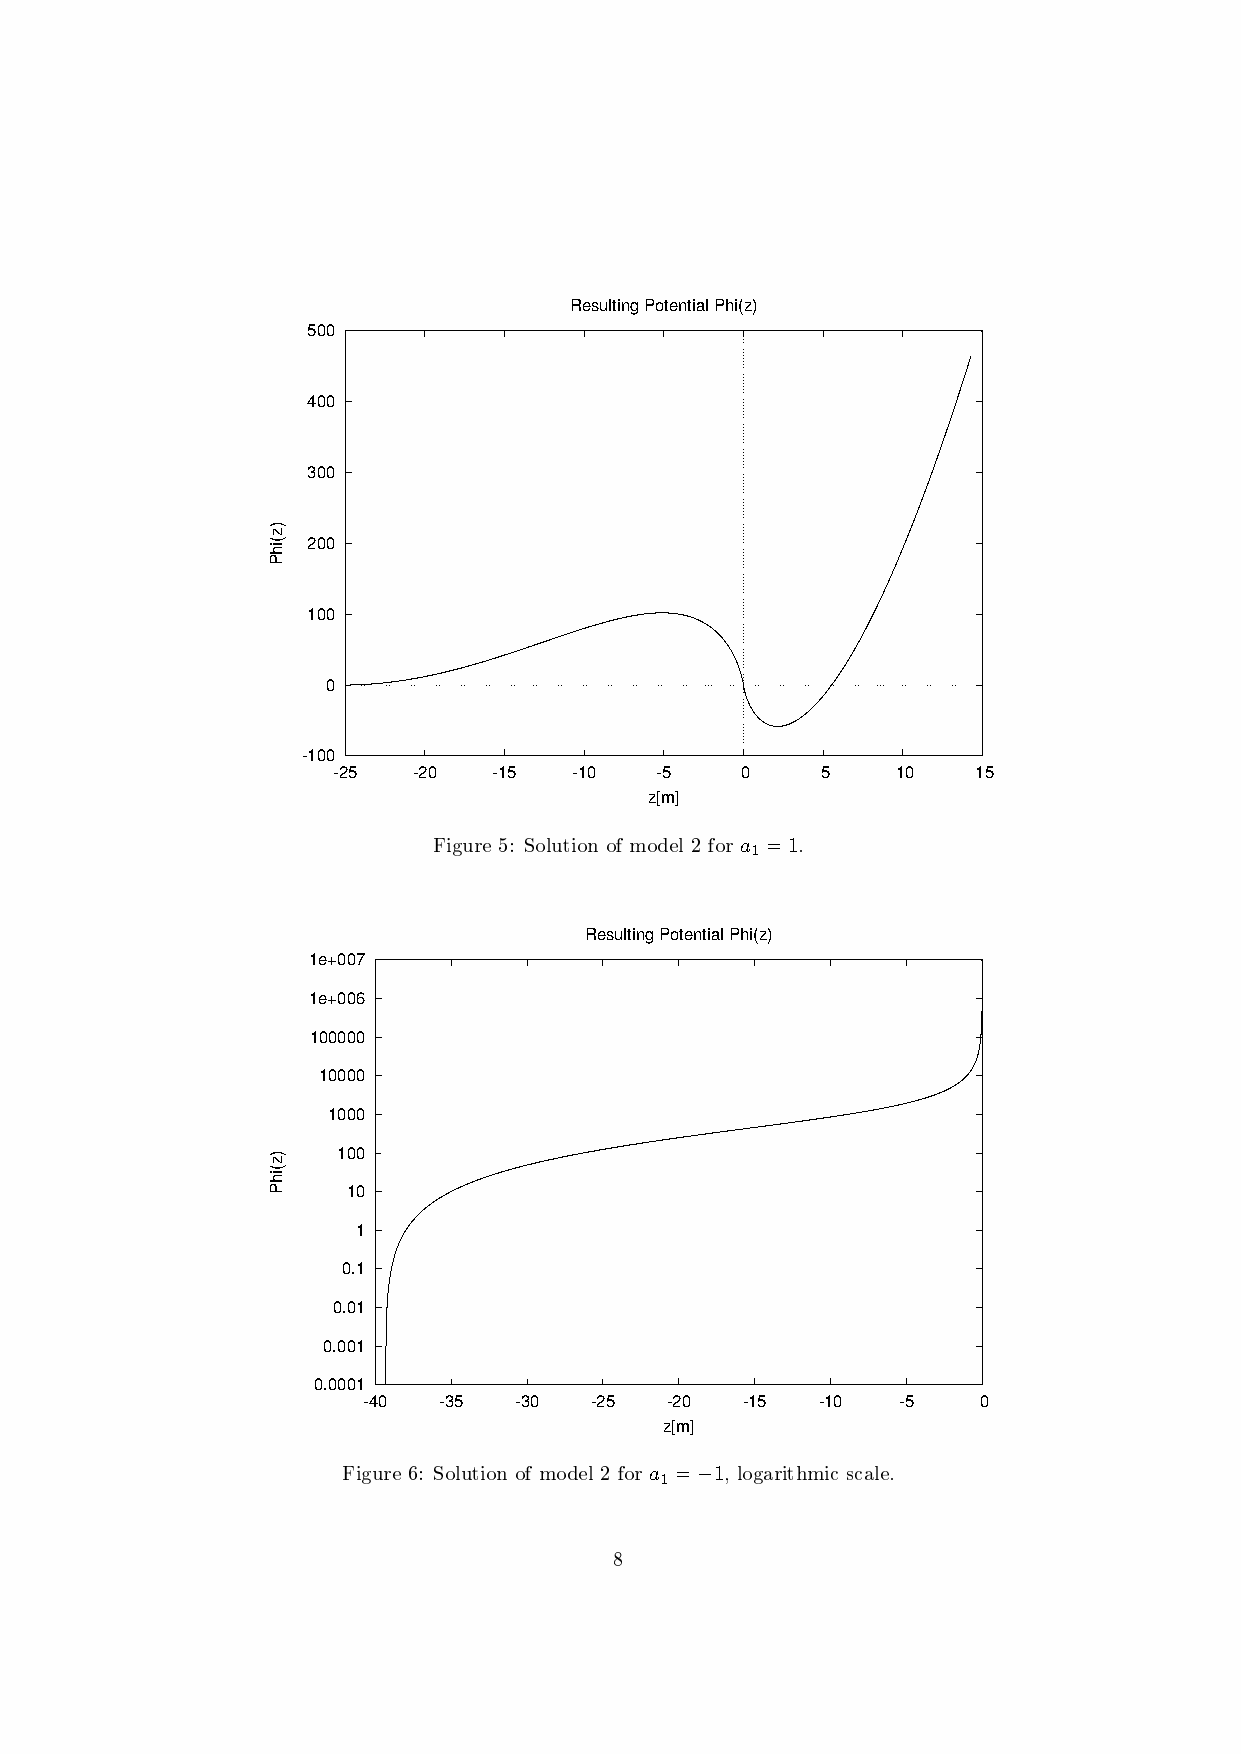
Resulting Potential Phi(z)
 500
 400
 300
 200
 100
 0
 -100
 -25  -20   -15  -10  -5    0    5    10    15
 z[m]
 Figure 5: Solution of model 2 for a =1.
 1
 Resulting Potential Phi(z)
 1e+007
 1e+006
 100000
 10000
 1000
 100
 10
 1
 0.1
 0.01
 0.001
 0.0001
 -40  -35  -30  -25  -20  -15  -10  -5    0
 z[m]
 Figure 6: Solution of model 2 for a =−1, logarithmic scale.
 1
 8
 )z(ihP
 )z(ihP